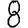
Digit: 8